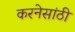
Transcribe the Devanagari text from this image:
करनेसांठी